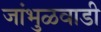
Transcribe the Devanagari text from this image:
जांभुळवाडी